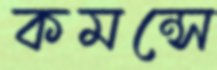
কমন্সে